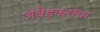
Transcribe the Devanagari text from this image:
अंबेडकरांचा